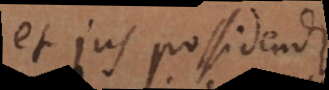
et jus possidendi